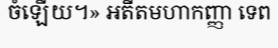
ចំឡើយ។» អតីតមហាកញ្ញា ទេព